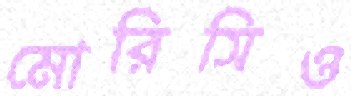
মোরিসিও